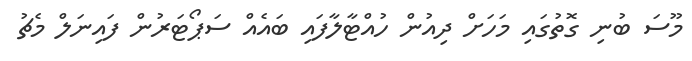
މޫސަ ބުނި ގޮތުގައި މަހަށް ދިއުން ހުއްޓާލާފައި ބައެއް ސަޕޯޓަރުން ފައިނަލް މެޗު